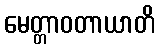
မေတ္တာဝတာယာတိ